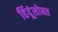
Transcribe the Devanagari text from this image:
हिंदूंसोबत